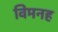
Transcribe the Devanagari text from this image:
विमनह